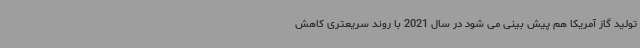
تولید گاز آمریکا هم پیش بینی می شود در سال 2021 با روند سریعتری کاهش